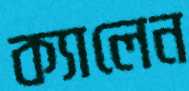
ক্যালেন